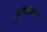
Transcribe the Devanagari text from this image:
कृषिक्षेत्रावर